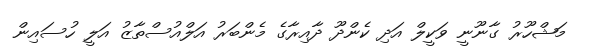
މަޝްހޫރު ގާނޫނީ ވަކީލް އަދި ކެންދޫ ދާއިރާގެ މެންބަރު އަލްއުސްތާޒު އަަލީ ހުސައިން